Civil Veterinary Department Bengal reports 1933-51 - 1933-1951
Year: 1933
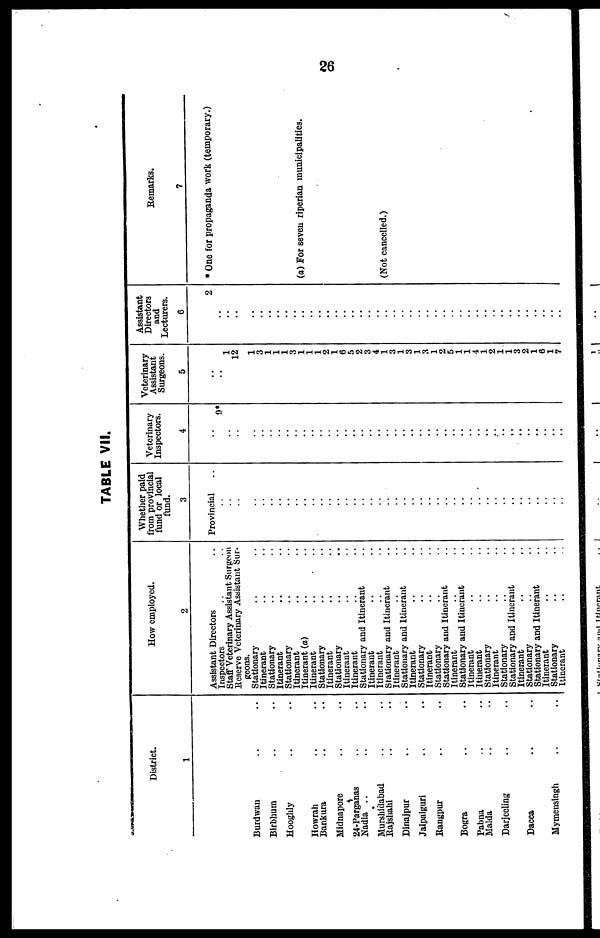
26
TABLE VII.
District.
1
Burdwan .. ..
Birbhum .. ..
Hooghly .. ..
Howrah
Bankura .. ..
Midnapore .. ..
24-Parganas .. ..
Nadia .. .. ..
Munshilabad .. ..
Rajshahl .. ..
Dinajpur .. ..
Jalpaiguri .. ..
Rangpur .. ..
Bogra .. ..
Pabna .. ..
Malda .. ..
Darjeeling .. ..
Dacca .. ..
Mymensingh .. ..
How employed.
2
Assistant Directors ..
Inspectors
Staff Veterinary Assistant Surgeon
Reserve Veterinary Assistant Sur-
geons.
Stationary .. ..
Itinerant.. ..
Stationary....
Itinerant ....
Stationary ....
Itinerant.. ..
Itinerant (a)....
Itinerant....
Stationary ....
Itinerant .. ..
Stationary .. ..
Itinerant .. ..
Itinerant .. ..
Stationary and Itinerant .. ..
Itinerant .. ..
Itinerant .. ..
Stationary and Itinerant ..
Itinerant .. ..
Stationary and Itinerant .. ..
Itinerant .. ..
Stationary .. ..
Itinerant .. ..
Stationary .. ..
Stationary and Itinerant ..
Itinerant .. ..
Stationary and Itinerant .. ..
Itinerant .. ..
Itinerant .. ..
Stationary .. ..
Itinerant .. ..
Stationary .. ..
Stationary and Itinerant ..
Itinerant .. ..
Stationary .. ..
Stationary and Itinerant ..
Itinerant .. ..
Stationary .. ..
Itinerant .. ..
Whether paid
from provincial
fund or local
fund.
3
Provincial ..
..
..
..
..
..
..
..
..
..
..
..
..
..
..
..
..
..
..
..
..
..
..
..
..
..
..
..
..
..
..
..
..
..
..
..
..
..
..
..
..
..
Veterinary
Inspectors.
4
..
9*
..
..
..
..
..
..
..
..
..
..
..
..
..
..
..
..
..
..
..
..
..
..
..
..
..
..
..
..
..
..
..
..
.. ..
..
..
..
..
..
..
Veterinary
Assistant
Surgeons.
5
1
12
1
3
1
1
1
3
1
1
1
2
1
6
5
2
3
4
1
3
1
3
1
3
1
2
5
1
1
4
1
2
1
1
3
2
1
6 1
7
Assistant
Directors
and
Lecturers.
6
2
..
..
..
..
..
..
..
..
..
..
..
..
..
..
..
..
..
..
..
..
..
..
..
..
..
..
..
..
..
..
..
..
..
..
..
..
..
..
..
..
Remarks.
7
* One for propaganda work (temporary.)
(a) For seven riperian municipalities.
(Not cancelled.)